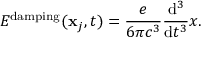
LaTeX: E ^ { \mathrm { d a m p i n g } } ( \mathbf { x } _ { j } , t ) = { \frac { e } { 6 \pi c ^ { 3 } } } { \frac { \mathrm { d } ^ { 3 } } { \mathrm { d } t ^ { 3 } } } x .